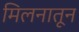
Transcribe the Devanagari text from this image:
मिलनातून